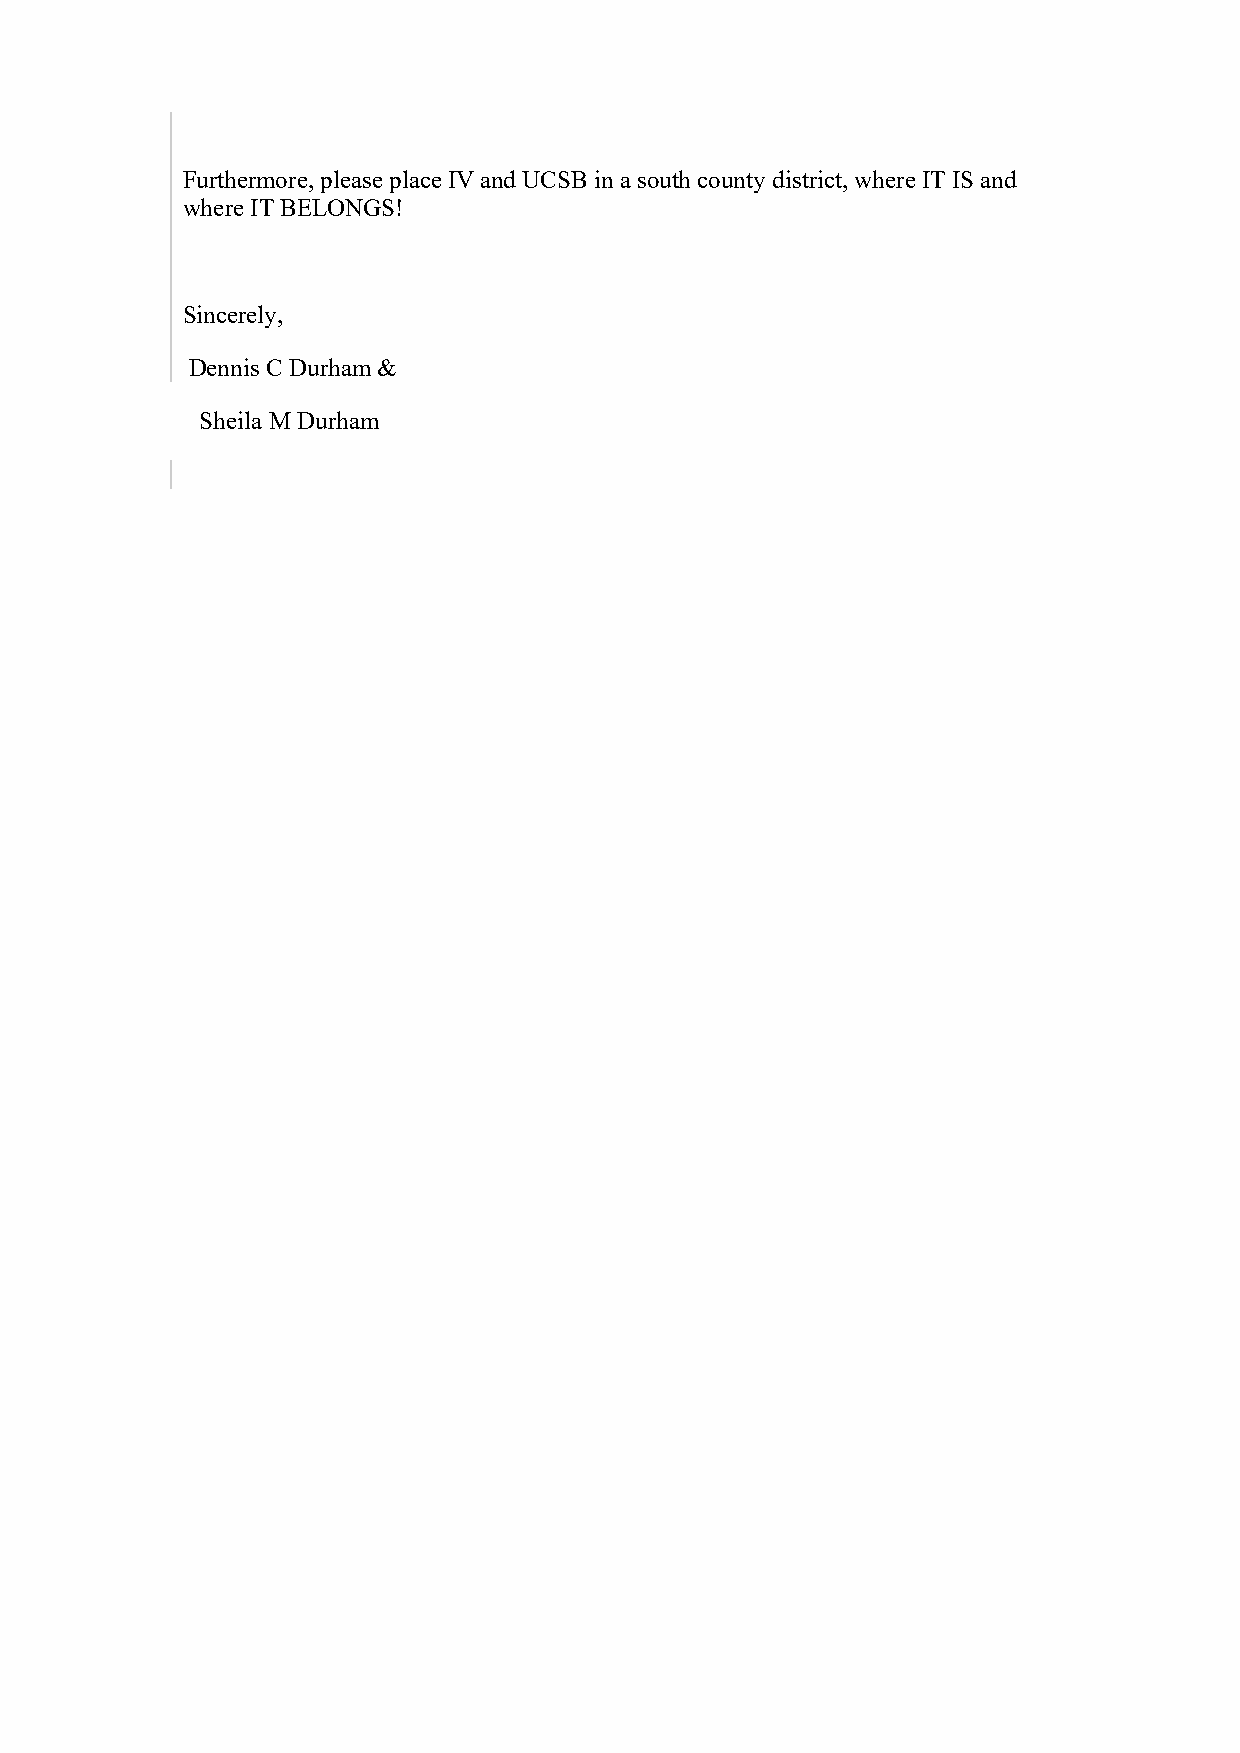
Furthermore, please place IV and UCSB in a south county district, where IT IS and
 where IT BELONGS!
 Sincerely,
 Dennis C Durham &
 Sheila M Durham